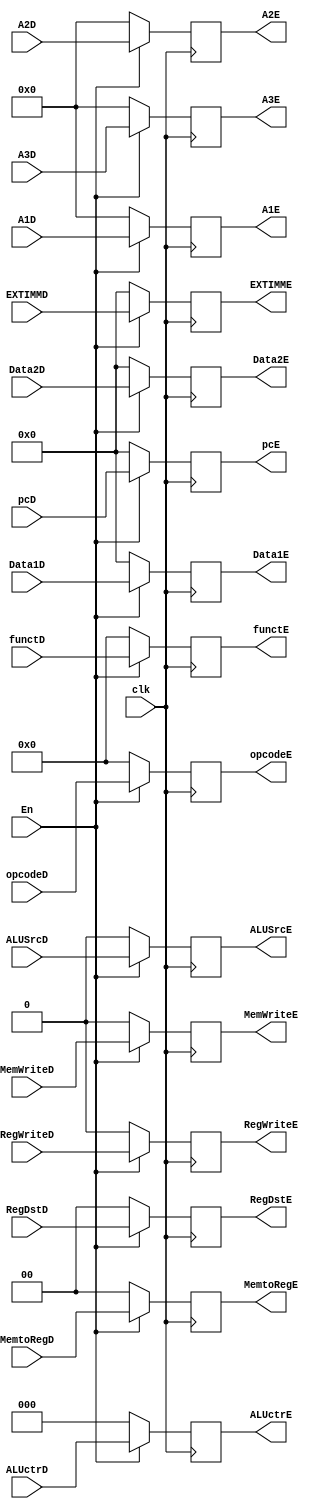
`timescale 1ns / 1ps
//////////////////////////////////////////////////////////////////////////////////
// Company: 
// Engineer: 
// 
// Design Name: 
// Module Name:    EReg 
// Project Name: 
// Target Devices: 
// Tool versions: 
// Description: 
//
// Dependencies: 
//
// Revision: 
// Revision 0.01 - File Created
// Additional Comments: 
//
//////////////////////////////////////////////////////////////////////////////////
module EReg(clk,A1D,A2D,A3D,Data1D,Data2D,EXTIMMD,RegDstD,ALUSrcD,MemtoRegD,RegWriteD,MemWriteD,ALUctrD,opcodeD,functD,pcD,
				A1E,A2E,A3E,Data1E,Data2E,EXTIMME,RegDstE,ALUSrcE,MemtoRegE,RegWriteE,MemWriteE,ALUctrE,opcodeE,functE,pcE,En);
		input clk;
		input [4:0] A1D,A2D,A3D;
		input [31:0] Data1D,Data2D,EXTIMMD;
		input [1:0] RegDstD;
		input ALUSrcD;
		input [1:0] MemtoRegD;
		input RegWriteD,MemWriteD;
		input [2:0] ALUctrD;
		input [5:0] opcodeD,functD;
		input [31:0] pcD;
		input En;
		output reg [4:0] A1E,A2E,A3E;
		output reg [31:0] Data1E,Data2E,EXTIMME;
		output reg [1:0] RegDstE;
		output reg ALUSrcE;
		output reg [1:0] MemtoRegE;
		output reg RegWriteE,MemWriteE;
		output reg [2:0] ALUctrE;
		output reg [5:0] opcodeE,functE;
		output reg [31:0]  pcE;
		
		initial begin
			A1E=0;
			A2E=0;
			A3E=0;
			Data1E=0;
			Data2E=0;
			EXTIMME=0;
			RegDstE=0;
			ALUSrcE=0;
			MemtoRegE=0;
			RegWriteE=0;
			MemWriteE=0;
			ALUctrE=0;
			opcodeE=0;
			functE=0;
			pcE=0;
		end
		always@(posedge clk) begin
		if(En==0) begin
			A1E<=0;
			A2E<=0;
			A3E<=0;
			Data1E<=0;
			Data2E<=0;
			EXTIMME<=0;
			RegDstE<=0;
			ALUSrcE<=0;
			MemtoRegE<=0;
			RegWriteE<=0;
			MemWriteE<=0;
			ALUctrE<=0;
			opcodeE<=0;
			functE<=0;
			pcE<=0;
		end
		else begin
			A1E<=A1D;
			A2E<=A2D;
			A3E<=A3D;
			Data1E<=Data1D;
			Data2E<=Data2D;
			EXTIMME<=EXTIMMD;
			RegDstE<=RegDstD;
			ALUSrcE<=ALUSrcD;
			MemtoRegE<=MemtoRegD;
			RegWriteE<=RegWriteD;
			MemWriteE<=MemWriteD;
			ALUctrE<=ALUctrD;
			opcodeE<=opcodeD;
			functE<=functD;
			pcE<=pcD;
			end
		end

endmodule